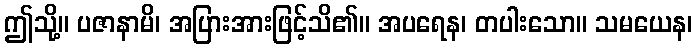
ဤသို့။ ပဇာနာမိ၊ အပြားအားဖြင့်သိ၏။ အပရေန၊ တပါးသော။ သမယေန၊